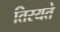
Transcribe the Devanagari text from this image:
तिरयते